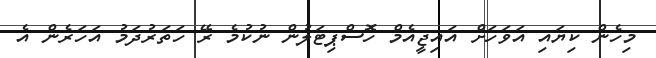
މިހެން ކިޔައި އަވަހަށް އައިޖީއެމް ހޮސްޕިޓަލުން ނުކުމެ ރޭ ހަތަރުދަމު އަހަރެން އެ